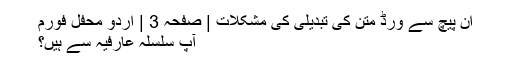
ان پیچ سے ورڈ متن کی تبدیلی کی مشکلات | صفحہ 3 | اردو محفل فورم
آپ سلسلہ عارفیہ سے ہیں؟